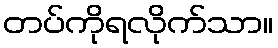
တပ်ကိုရလိုက်သာ။